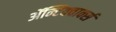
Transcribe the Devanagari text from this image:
ॲन्टिक्वार्क्स